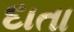
દાતા